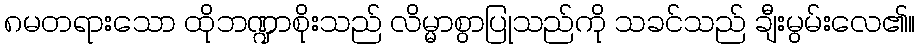
၈မတရားသော ထိုဘဏ္ဍာစိုးသည် လိမ္မာစွာပြုသည်ကို သခင်သည် ချီးမွမ်းလေ၏။